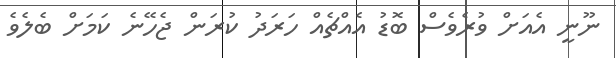
ނޫނީ އެއަށް ވުރެވެސް ބޮޑު އެއްޗެއް ހަރަދު ކުރަން ޖެހޭނެ ކަމަށް ބެލެވެ